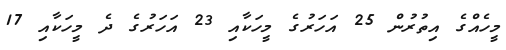
މީހެއްގެ އިތުރުން 25 އަހަރުގެ މީހަކާއި 23 އަހަރުގެ ދެ މީހަކާއި 17